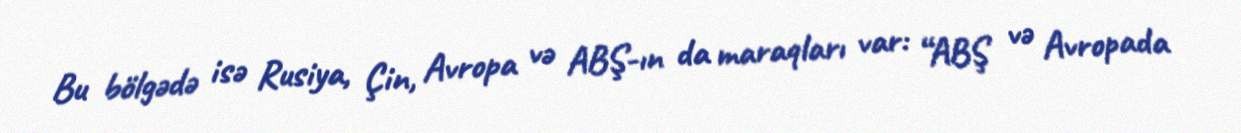
Bu bölgədə isə Rusiya, Çin, Avropa və ABŞ-ın da maraqları var: “ABŞ və Avropada